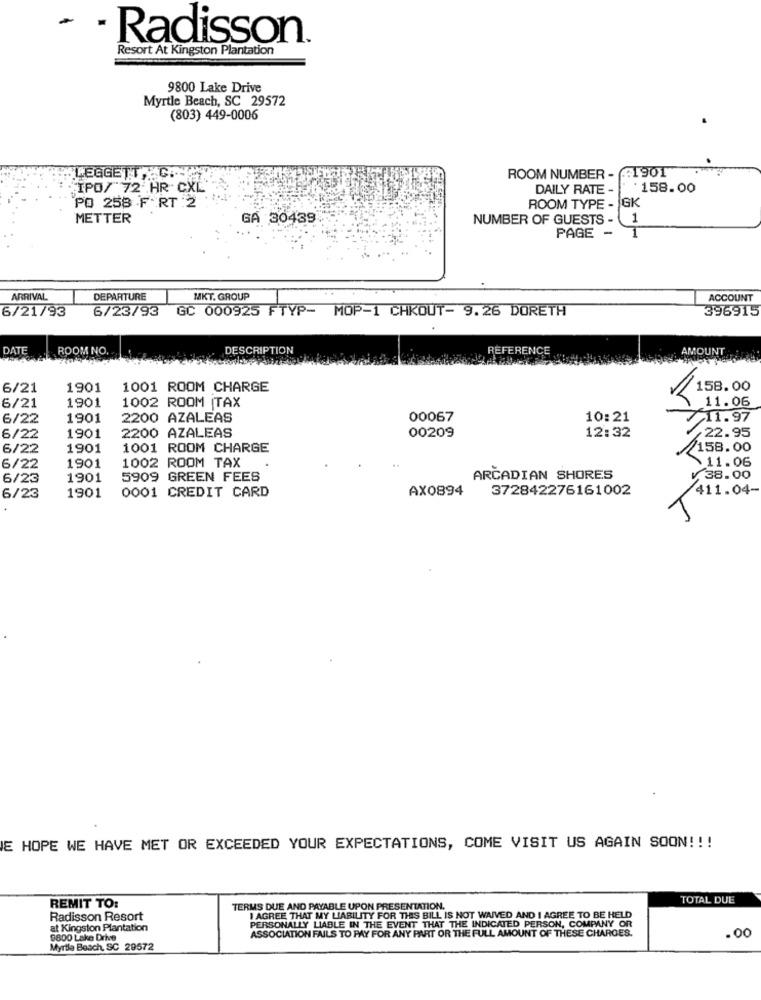
-
· Radisson.
Resort At Kingston Plantation
9800 Lake Drive
Myrtle Beach, SC 29572
(803) 449-0006
ROOM NUMBER - : 1901
LEGGETT, C.
IPO/ 72 HR CXL
DAILY RATE -
158.00
PO 258 F RT :2
ROOM TYPE - GK
METTER
GA 30439
NUMBER OF GUESTS - 1
PAGE -
ARRIVAL
DEPARTURE
MKT. GROUP
ACCOUNT
6/21/93
6/23/93
GC 000925 FTYP- MOP-1 CHKOUT- 9.26 DORETH
396915
DATE
ROOM NO.
DESCRIPTION
REFERENCE
AMOUNT
6/21
1901
1001 ROOM CHARGE
_158.00
1901
1002 ROOM TAX
6/21
11.06
6/22
1901
2200 AZALEAS
00067
10:21
11.97
6/22
1901
2200 AZALEAS
00209
12:32
22.95
6/22
1901
1001 ROOM CHARGE
158.00
1002 ROOM TAX
6/22
1901
¥11.06
6/23
1901
5909 GREEN FEES
ARCADIAN SHORES
¥ 38.00
1901
0001 CREDIT CARD
AX0894
372842276161002
411.04-
6/23
E HOPE WE HAVE MET OR EXCEEDED YOUR EXPECTATIONS, COME VISIT US AGAIN SOON !!!
TOTAL DUE
REMIT TO:
TERMS DUE AND PAYABLE UPON PRESENTATION.
Radisson Resort
I AGREE THAT MY LIABILITY FOR THIS BILL IS NOT WAIVED AND I AGREE TO BE HELD
at Kingston Plantation
PERSONALLY LIABLE IN THE EVENT THAT THE INDICATED PERSON, COMPANY OR
ASSOCIATION FAILS TO PAY FOR ANY PART OR THE FULL AMOUNT OF THESE CHARGES.
9800 Lake Drive
.00
Myrtle Beach, SC 29572